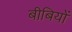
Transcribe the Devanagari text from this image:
बीबियों